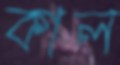
কাল